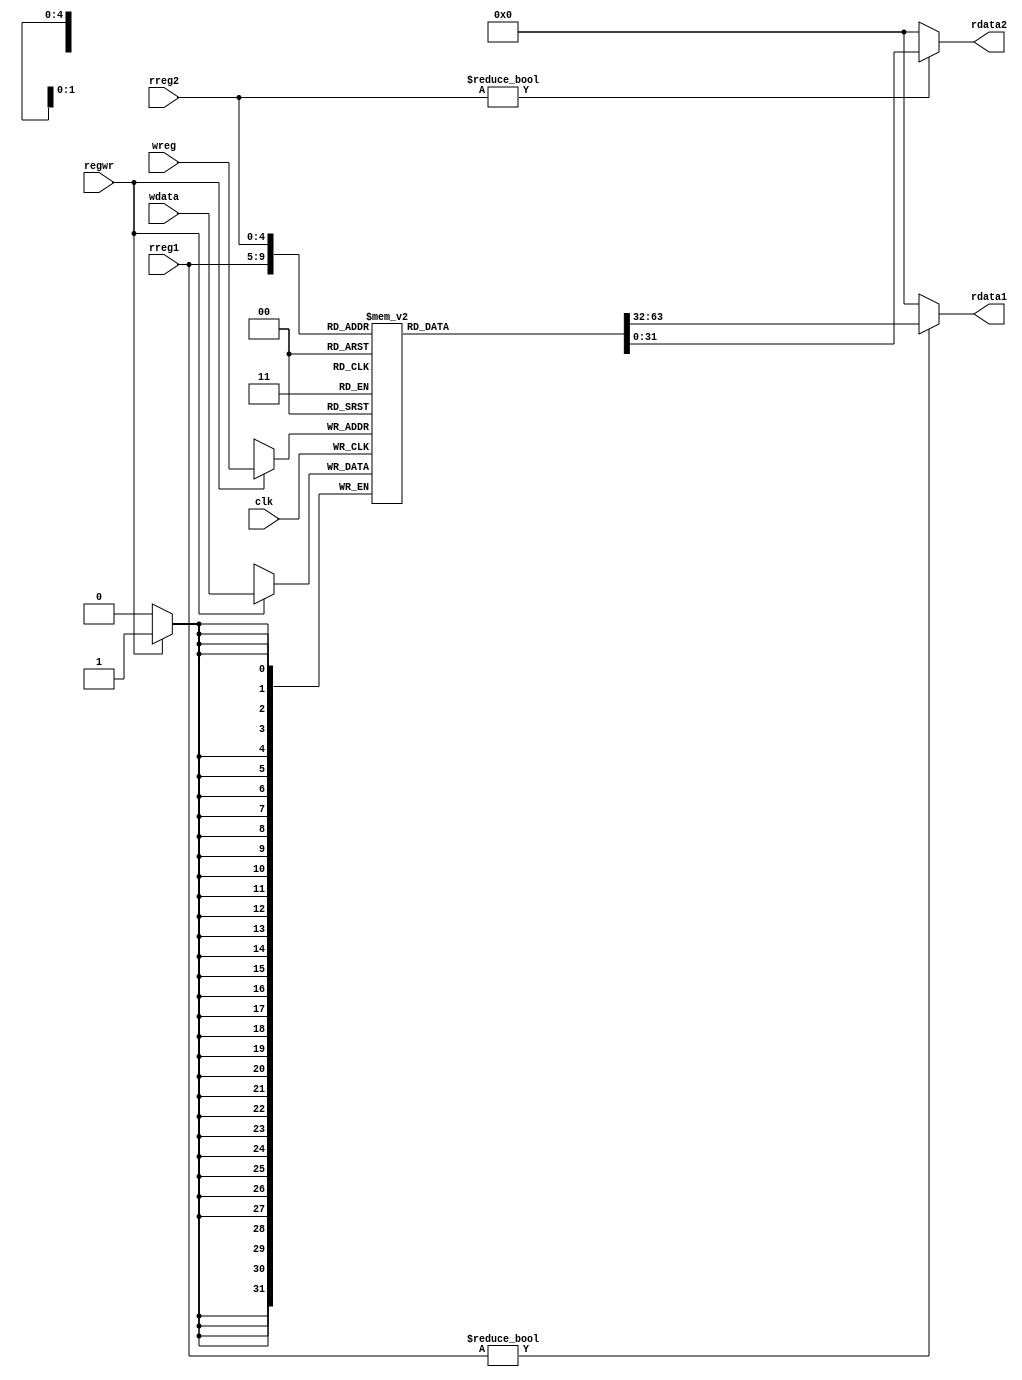
module registers(clk, regwr, rreg1, rreg2, wreg, wdata, rdata1, rdata2);
	input	clk;
	input	regwr;
	input	[4:0]	rreg1, rreg2, wreg;
	input	[31:0]	wdata;
	output	[31:0]	rdata1, rdata2;
	
	reg 	[31:0]	rh[31:0];//MIPS 32??????

	initial begin			//???
/*
		rh[1] = 32'b0000_0000_0000_0000_0000_0000_0000_0000;
		rh[2] = 32'b0000_0000_0000_0000_0000_0000_0000_0000;
		rh[3] = 32'b0000_0000_0000_0000_0000_0000_0000_0000;
		rh[4] = 32'b0000_0000_0000_0000_0000_0000_0000_0000;
		rh[5] = 32'b0000_0000_0000_0000_0000_0000_0000_0000;
		rh[6] = 32'b0000_0000_0000_0000_0000_0000_0000_0000;
		rh[7] = 32'b0000_0000_0000_0000_0000_0000_0000_0000;
		rh[8] = 32'b0000_0000_0000_0000_0000_0000_0000_0000;
		rh[9] = 32'b0000_0000_0000_0000_0000_0000_0000_0000;
		rh[10] = 32'b0000_0000_0000_0000_0000_0000_0000_0000;
		rh[11] = 32'b0000_0000_0000_0000_0000_0000_0000_0000;
		rh[12] = 32'b0000_0000_0000_0000_0000_0000_0000_0000;
		rh[13] = 32'b0000_0000_0000_0000_0000_0000_0000_0000;
		rh[14] = 32'b0000_0000_0000_0000_0000_0000_0000_0000;
		rh[15] = 32'b0000_0000_0000_0000_0000_0000_0000_0000;
		rh[16] = 32'b0000_0000_0000_0000_0000_0000_0000_0000;
		rh[17] = 32'b0000_0000_0000_0000_0000_0000_0000_0000;
		rh[18] = 32'b0000_0000_0000_0000_0000_0000_0000_0000;
		rh[19] = 32'b0000_0000_0000_0000_0000_0000_0000_0000;
		rh[20] = 32'b0000_0000_0000_0000_0000_0000_0000_0000;
		rh[21] = 32'b0000_0000_0000_0000_0000_0000_0000_0000;
		rh[22] = 32'b0000_0000_0000_0000_0000_0000_0000_0000;
		rh[23] = 32'b0000_0000_0000_0000_0000_0000_0000_0000;*/
		rh[0] = 32'b0000_0000_0000_0000_0000_0000_0000_0000;
/*
		rh[24] = 32'b0000_0000_0000_0000_0000_0000_0000_0000;
		rh[25] = 32'b0000_0000_0000_0000_0000_0000_0000_0000;

		rh[26] = 32'b0000_0000_0000_0000_0000_0000_0000_0000;
		rh[27] = 32'b0000_0000_0000_0000_0000_0000_0000_0000;

		rh[28] = 32'b0000_0000_0000_0000_0000_0000_0000_0000;
		rh[29] = 32'b0000_0000_0000_0000_0010_1111_1111_1100;
		rh[30] = 32'b0000_0000_0000_0000_0000_0000_0000_0000;
		rh[31] = 32'b0000_0000_0000_0000_0000_0000_0000_0000;*/
	end

	always @(posedge clk) begin
		if (regwr) begin
			rh[wreg] <= wdata;			//??????????
			$display(rh[10]);
		end
	end
	
	assign rdata1 = (rreg1 != 0)? rh[rreg1]:0;
	assign rdata2 = (rreg2 != 0)? rh[rreg2]:0;		//????ra?rb
endmodule